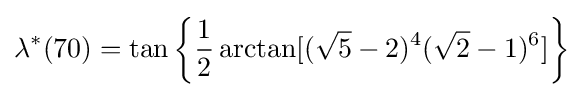
\lambda ^{*}(70)=\tan \left\{{\frac {1}{2}}\arctan[({\sqrt {5}}-2)^{4}({\sqrt {2}}-1)^{6}]\right\}